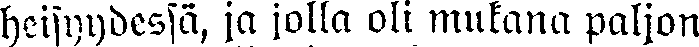
heisyydessä, ja jolla oli mukana paljon